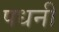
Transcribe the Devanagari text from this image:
पधनी